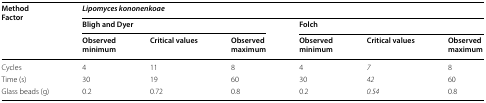
<table><thead><tr><td rowspan="3"><b>MethodFactor</b></td><td colspan="6"><b><i>Lipomyces kononenkoae</i></b></td></tr><tr><td colspan="3"><b>Bligh and Dyer</b></td><td colspan="3"><b>Folch</b></td></tr><tr><td><b>Observed minimum</b></td><td><b>Critical values</b></td><td><b>Observed maximum</b></td><td><b>Observed minimum</b></td><td><b>Critical values</b></td><td><b>Observed maximum</b></td></tr></thead><tbody><tr><td>Cycles</td><td>4</td><td>11</td><td>8</td><td>4</td><td><i>7</i></td><td>8</td></tr><tr><td>Time (s)</td><td>30</td><td>19</td><td>60</td><td>30</td><td><i>42</i></td><td>60</td></tr><tr><td>Glass beads (g)</td><td>0.2</td><td>0.72</td><td>0.8</td><td>0.2</td><td><i>0.54</i></td><td>0.8</td></tr></tbody></table>